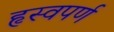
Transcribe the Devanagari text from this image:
हृस्वपर्ण